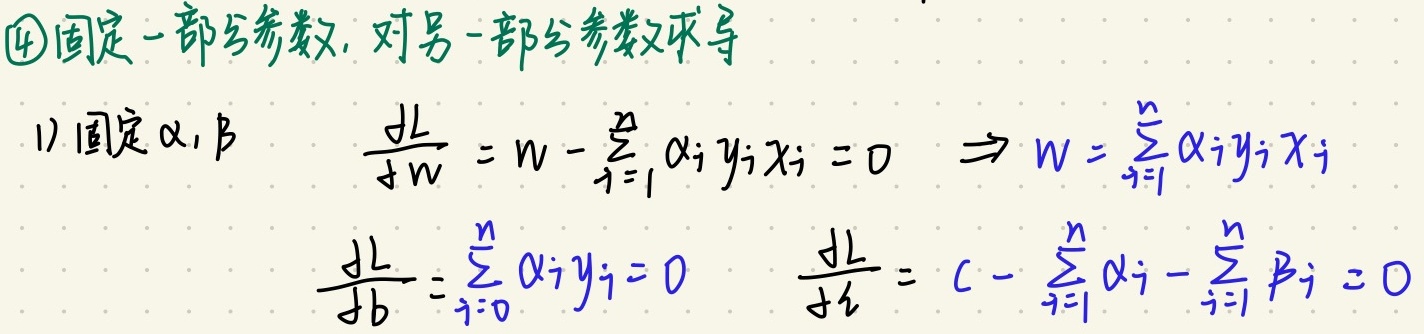
\textcircled{4}固定一部分参数，对另一部分参数求导

1) 固定 $\alpha, \beta$
\[
\frac{\mathrm{d}L}{\mathrm{d}w}=w - \sum_{i = 1}^{n}\alpha_i y_i x_i = 0 \Rightarrow w=\sum_{i = 1}^{n}\alpha_i y_i x_i
\]
\[
\frac{\mathrm{d}L}{\mathrm{d}b}=\sum_{i = 0}^{n}\alpha_i y_i = 0 \quad \frac{\mathrm{d}L}{\mathrm{d}\xi}=C - \sum_{i = 1}^{n}\alpha_i - \sum_{i = 1}^{n}\beta_i = 0
\]